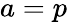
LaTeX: a=p